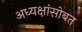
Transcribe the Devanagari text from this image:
अध्यक्षांसोबत